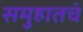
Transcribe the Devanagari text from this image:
समुहातचं